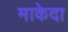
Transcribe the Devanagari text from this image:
माकेदा